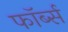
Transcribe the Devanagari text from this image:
फॉर्ब्स